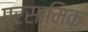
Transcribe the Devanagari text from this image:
प्रसामिक